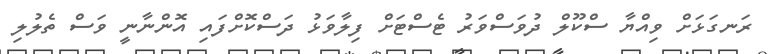
ރަނގަޅަށް ވިއްޔާ ސްކޫލް ދުވަސްވަރު ޓެސްޓަށް ފިލާވަޅު ދަސްކޮށްފައި އޮންނާނީ ވަސް ތެލުލި